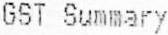
GST SUMMARY